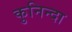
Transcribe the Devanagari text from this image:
कुनिन्दा